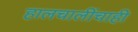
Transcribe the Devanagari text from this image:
हालचालींचाही